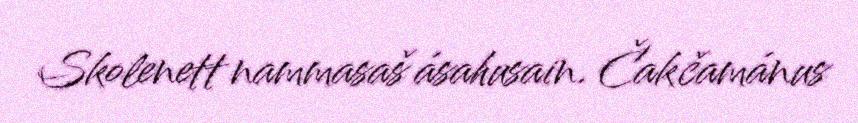
Skolenett nammasaš ásahusain. Čakčamánus